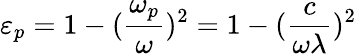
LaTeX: \varepsilon_{p}=1-(\frac{\omega_{p}}{\omega})^{2}=1-(\frac{c}{\omega\lambda})^{2}